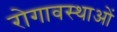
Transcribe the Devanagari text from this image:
रोगावस्थाओं